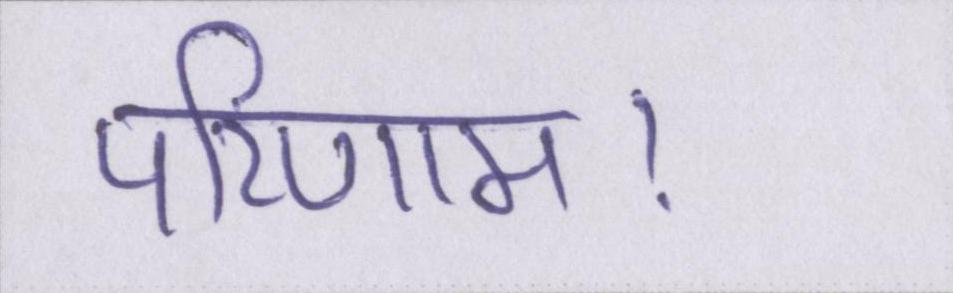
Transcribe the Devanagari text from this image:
परिणाम।